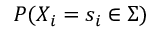
P ( X _ { i } = s _ { i } \in \Sigma )